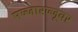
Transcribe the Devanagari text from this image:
मज्जारज्जूवर